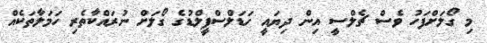
މި ގޯލަށްފަހު ވެސް ޗެލްސީ އިން ދިޔައީ ހަޑަލްސްފީލްޑުގެ ގޯލަށް ނުރައްކާތެރި ހަމަލާތަކެއް